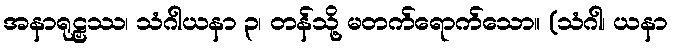
အနာရုဠှဿ၊ သံဂါယနာ ၃၊ တန်သို့ မတက်ရောက်သော။ (သံဂါ၊ ယနာ